Lunatic asylums Central Provinces reports 1886-1894 - 1886-1894
Year: 1886
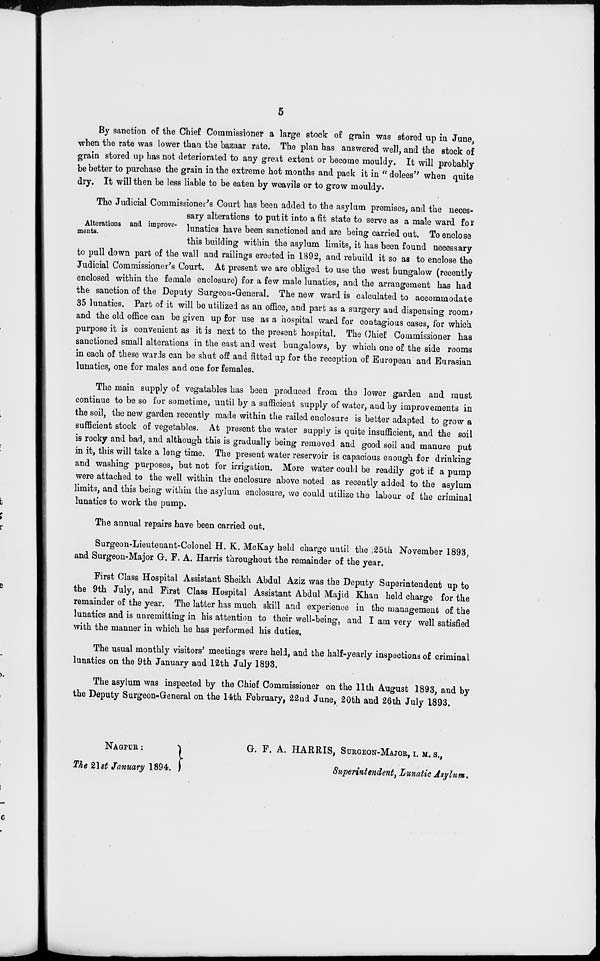
5
By sanction of the Chief Commissioner a large stock of grain was stored up in June,
when the rate was lower than the bazaar rate. The plan has answered well, and the stock of
grain stored up has not deteriorated to any great extent or become mouldy. It will probably
be better to purchase the grain in the extreme hot months and pack it in " dolees" when quite
dry. It will then be less liable to be eaten by weavils or to grow mouldy.
Alterations and improve-
ments.
The Judicial Commissioner's Court has been added to the asylum premises, and the neces-
sary alterations to put it into a fit state to serve as a male ward for
lunatics have been sanctioned and are being carried out. To enclose
this building within the asylum limits, it has been found necessary
to pull down part of the wall and railings erected in 1892, and rebuild it so as to enclose the
Judicial Commissioner's Court. At present we are obliged to use the west bungalow (recently
enclosed within the female enclosure) for a few male lunatics, and the arrangement has had
the sanction of the Deputy Surgeon-General. The new ward is calculated to accommodate
35 lunatics. Part of it will be utilized as an office, and part as a surgery and dispensing room,
and the old office can be given up for use as a hospital ward for contagious cases, for which
purpose it is convenient as it is next to the present hospital. The Chief Commissioner has
sanctioned small alterations in the east and west bungalows, by which one of the side rooms
in each of these wards can be shut off and fitted up for the reception of European and Eurasian
lunatics, one for males and one for females.
The main supply of vegatables has been produced from the lower garden and must
continue to be so for sometime, until by a sufficient supply of water, and by improvements in
the soil, the new garden recently made within the railed enclosure is better adapted to grow a
sufficient stock of vegetables. At present the water supply is quite insufficient, and the soil
is rocky and bad, and although this is gradually being removed and good soil and manure put
in it, this will take a long time. The present water reservoir is capacious enough for drinking
and washing purposes, but not for irrigation. More water could be readily got if a pump
were attached to the well within the enclosure above noted as recently added to the asylum
limits, and this being within the asylum enclosure, we could utilize the labour of the criminal
lunatics to work the pump.
The annual repairs have been carried out.
Surgeon-Lieutenant-Colonel H. K. McKay held charge until the 25th November 1893,
and Surgeon-Major G. F. A. Harris throughout the remainder of the year.
First Class Hospital Assistant Sheikh Abdul Aziz was the Deputy Superintendent up to
the 9th July, and First Class Hospital Assistant Abdul Majid Khan held charge for the
remainder of the year. The latter has much skill and experience in the management of the
lunatics and is unremitting in his attention to their well-being, and I am very well satisfied
with the manner in which he has performed his duties.
The usual monthly visitors' meetings were held, and the half-yearly inspections of criminal
lunatics on the 9th January and 12th July 1893.
The asylum was inspected by the Chief Commissioner on the 11th August 1893, and by
the Deputy Surgeon-General on the 14th February, 22nd June, 20th and 26th July 1893.
NAGPUR :
The 21st January 1894.
G. F. A. HARRIS, SURGEON-MAJOR, I. M. S.,
Superintendent, Lunatic Asylum.